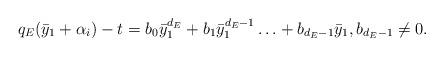
LaTeX: \begin{align*}q_E(\bar{y}_1+\alpha_i)-t=b_0\bar{y}_1^{d_E}+b_1\bar{y}_1^{d_E-1}\ldots+ b_{d_E-1} \bar{y}_1,b_{d_E-1}\neq 0.\end{align*}